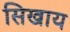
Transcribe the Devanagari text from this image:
सिखाय